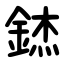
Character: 錰